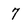
Character: 7